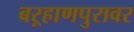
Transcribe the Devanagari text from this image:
बऱ्हाणपुरावर